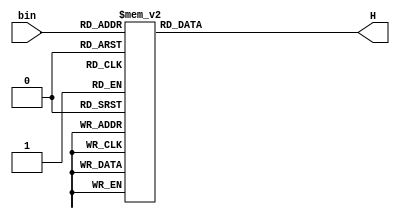
module decoder_2_to_hex (
        input [3:0] bin,
        output reg [6:0] H);
		  
        always @(bin)
			 case (bin)
				  0: H = 7'b1000000;
				  1: H = 7'b1111001;
				  2: H = 7'b0100100;
				  3: H = 7'b0110000;
				  4: H = 7'b0011001;
				  5: H = 7'b0010010;
				  6: H = 7'b0000010;
				  7: H = 7'b1111000;
				  8: H = 7'b0000000;
				  9: H = 7'b0010000;
				  default: H = 7'b1111111;
			 endcase
endmodule

module PS3_ZAD7 (
    input [6:0] SW,
	 output [5:0] LEDR,
	 output [6:0] HEX0, HEX1, HEX2);
	 
	
	reg [6:0] H0, H1, H2;
	always @(SW)
	begin
		H2 = SW / 100;
		H1 = (SW % 100) / 10;
		H0 = SW % 10;
	end
	
	decoder_2_to_hex h2(H2[3:0], HEX2);
	decoder_2_to_hex h1(H1[3:0], HEX1);
	decoder_2_to_hex h0(H0[3:0], HEX0);
	assign LEDR = SW;
 
endmodule